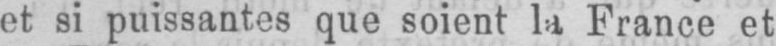
et si puissantes que soient la France et